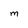
Character: m